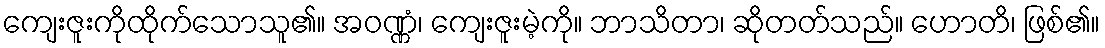
ကျေးဇူးကိုထိုက်သောသူ၏။ အဝဏ္ဏံ၊ ကျေးဇူးမဲ့ကို။ ဘာသိတာ၊ ဆိုတတ်သည်။ ဟောတိ၊ ဖြစ်၏။